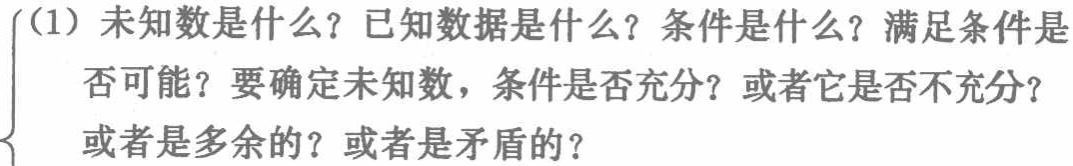
(1) 未知数是什么？已知数据是什么？条件是什么？满足条件是否可能？要确定未知数，条件是否充分？或者它是否不充分？或者是多余的？或者是矛盾的？